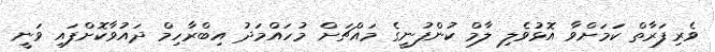
ވެރިފަރާތް ކަމަށްވާ އޮޅުވެލި ލާމް ކުންފުނީގެ މައްޗަށް މުހައްމަދު އިބްރާހިމް ދައުވާކޮށްފައި ވަނީ